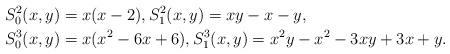
LaTeX: \begin{align*} &S_0^2(x,y) = x(x-2), S_1^2(x,y) = x y -x-y, \\ &S_0^3(x,y) = x(x^2-6x +6), S_1^3(x,y) = x^2 y - x^2 - 3 x y +3 x +y.\end{align*}